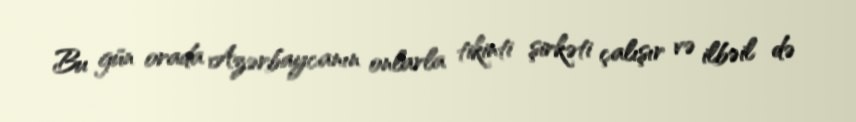
Bu gün orada Azərbaycanın onlarla tikinti şirkəti çalışır və ilbəil də